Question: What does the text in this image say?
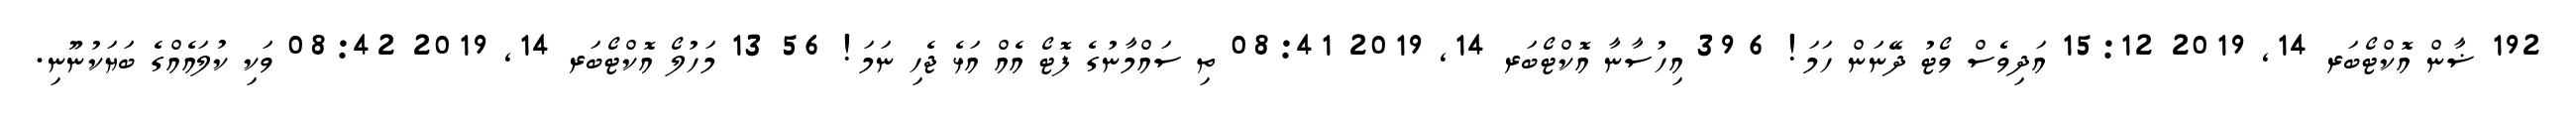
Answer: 192 ޟާން އޮކްޓޯބަރ 14, 2019 15:12 އަދިވެސް ވޯޓު ދޭނަން ހަމަ! 6 39 އިހުސާނާ އޮކްޓޯބަރ 14, 2019 08:41 ތި ސައްމާނުގެ ފޮޓޯ އެއް އަޅެ ޖެހި ނަމަ! 56 13 މަހުލޯ އޮކްޓޯބަރ 14, 2019 08:42 ވަކި ކުލައެއްގެ ބަޔަކުނޫނި.